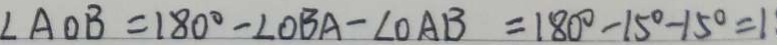
\angle A O B = 1 8 0 ^ { \circ } - \angle O B A - \angle O A B = 1 8 0 ^ { \circ } - 1 5 ^ { \circ } - 1 5 ^ { \circ } = 1